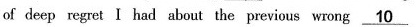
of deep regret I had about the previous wrong 10 ___